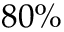
8 0 \%